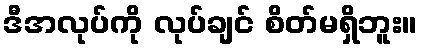
ဒီအလုပ်ကို လုပ်ချင် စိတ်မရှိဘူး။